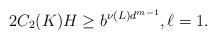
LaTeX: \begin{align*}2C_2(K)H \geq b^{\nu(L)d^{m-1}}, \ell = 1.\end{align*}